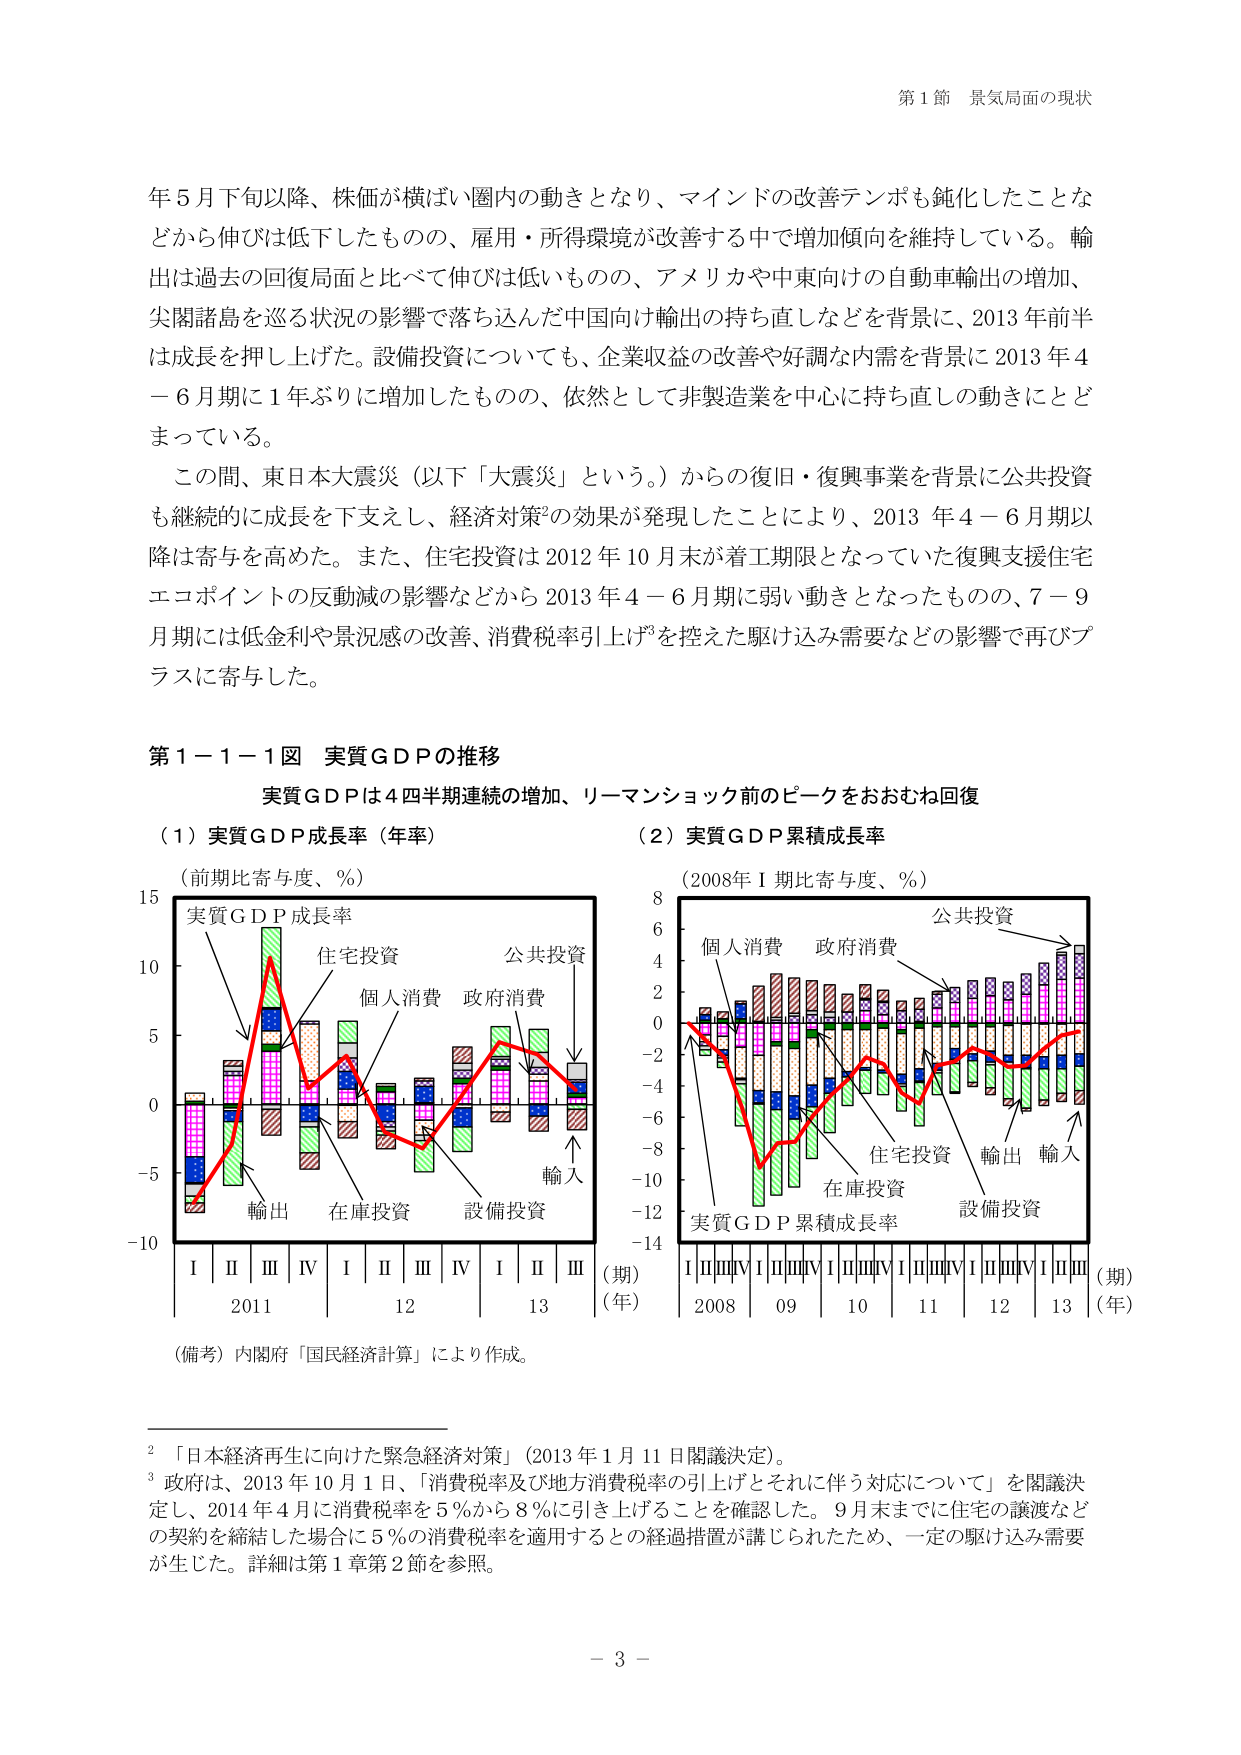
第１節 景気局面の現状

年５月下旬以降、株価が横ばい圏内の動きとなり、マインドの改善テンポも鈍化したことなどから伸びは低下したものの、雇用・所得環境が改善する中で増加傾向を維持している。輸出は過去の回復局面と比べて伸びは低いものの、アメリカや中東向けの自動車輸出の増加、尖閣諸島を巡る状況の影響で落ち込んだ中国向け輸出の持ち直しなどを背景に、2013年前半は成長を押し上げた。設備投資についても、企業収益の改善や好調な内需を背景に2013年4－6月期に1年ぶりに増加したものの、依然として非製造業を中心に持ち直しの動きにとどまっている。

この間、東日本大震災（以下「大震災」という。）からの復旧・復興事業を背景に公共投資も継続的に成長を下支えし、経済対策²の効果が発現したことにより、2013年4－6月期以降は寄与を高めた。また、住宅投資は2012年10月末が着工期限となっていた復興支援住宅エコポイントの反動減の影響などから2013年4－6月期に弱い動きとなったものの、7－9月期には低金利や景況感の改善、消費税率引上げ³を控えた駆け込み需要などの影響で再びプラスに寄与した。

第１－１－１図 実質ＧＤＰの推移

実質ＧＤＰは４四半期連続の増加、リーマンショック前のピークをおおむね回復

（１）実質ＧＤＰ成長率（年率）
（前期比寄与度、％）
実質ＧＤＰ成長率
住宅投資
個人消費
政府消費
公共投資
輸出
在庫投資
設備投資
輸入
Ⅰ Ⅱ Ⅲ Ⅳ Ⅰ Ⅱ Ⅲ Ⅳ Ⅰ Ⅱ Ⅲ
2011 12 13
（期）
（年）

（２）実質ＧＤＰ累積成長率
（2008年Ⅰ期比寄与度、％）
個人消費
政府消費
公共投資
住宅投資
在庫投資
輸出
輸入
設備投資
実質ＧＤＰ累積成長率
ⅠⅡⅢⅣⅠⅡⅢⅣⅠⅡⅢⅣⅠⅡⅢⅣⅠⅡⅢⅣⅠⅡⅢ
2008 09 10 11 12 13
（期）
（年）

（備考）内閣府「国民経済計算」により作成。

² 「日本経済再生に向けた緊急経済対策」（2013年1月11日閣議決定）。

³ 政府は、2013年10月1日、「消費税率及び地方消費税率の引上げとそれに伴う対応について」を閣議決定し、2014年4月に消費税率を5％から8％に引き上げることを確認した。9月末までに住宅の譲渡などの契約を締結した場合に5％の消費税率を適用するとの経過措置が講じられたため、一定の駆け込み需要が生じた。詳細は第1章第2節を参照。

－ 3 －